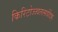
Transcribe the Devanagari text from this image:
किरिटोज्ज्वलत्सर्वदिक्‌